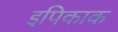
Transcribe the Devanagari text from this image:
इपिकाक